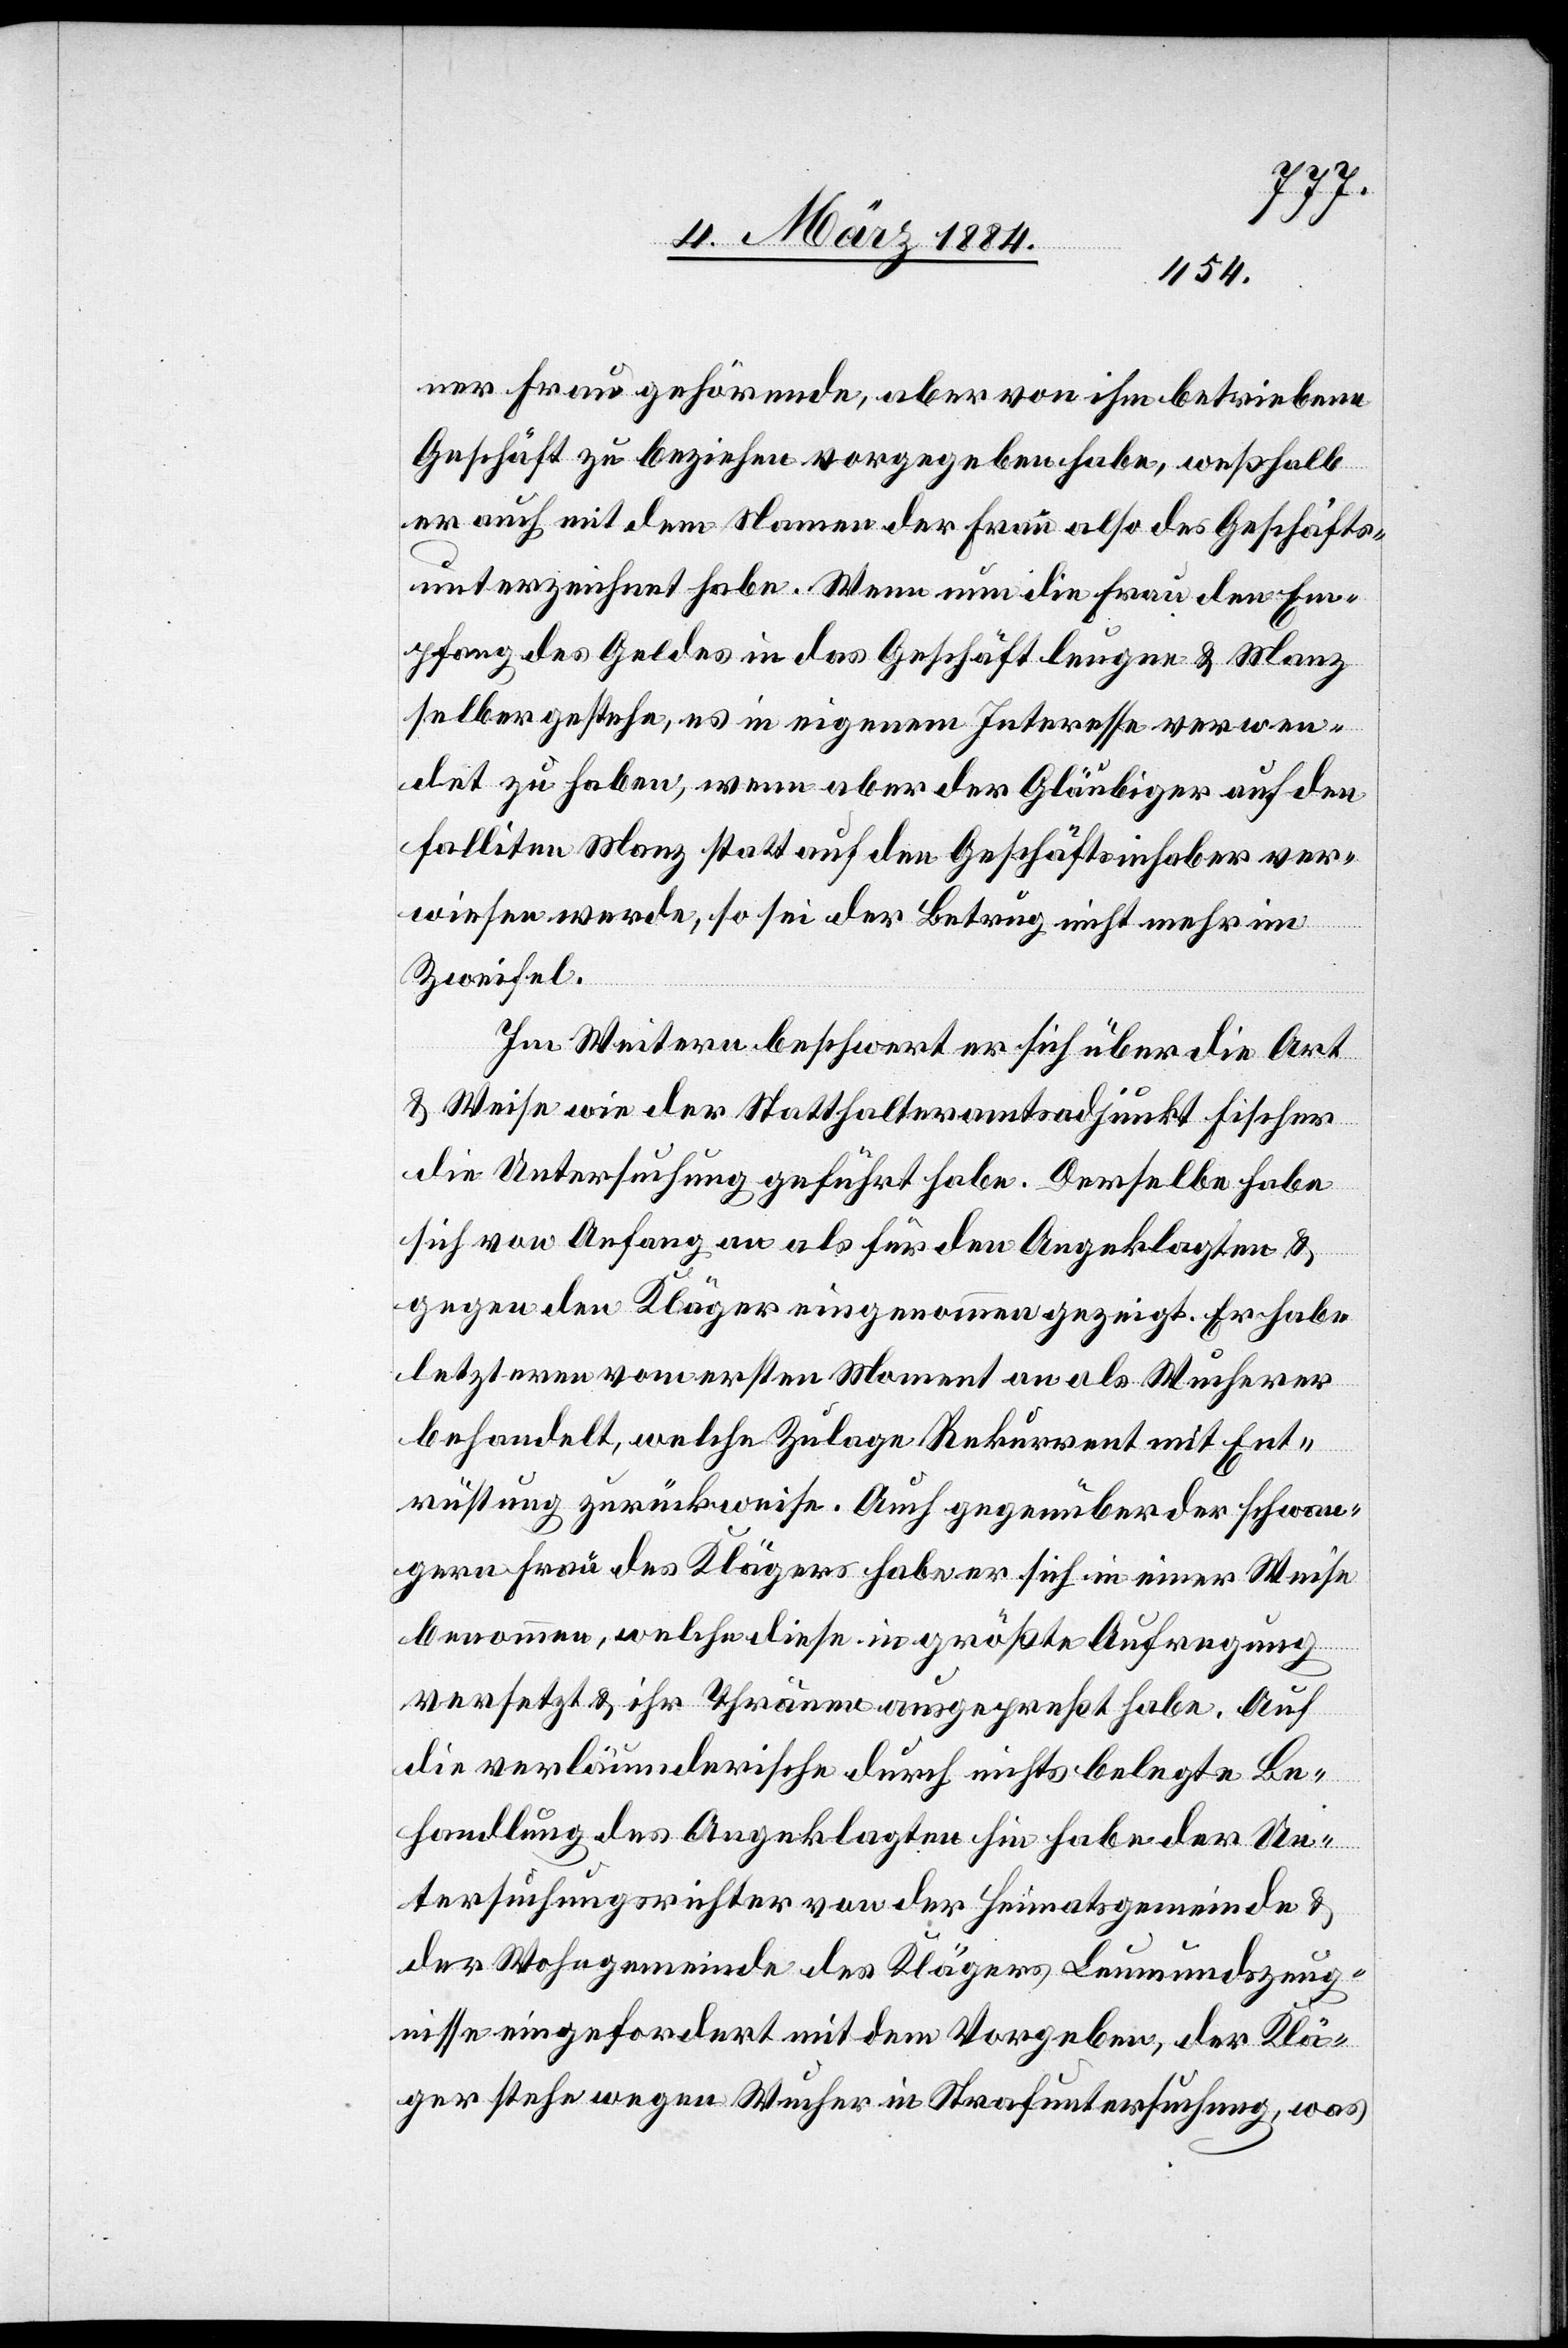
ner Frau gehörende, aber von ihm betriebene
Geschäft zu beziehen vorgegeben habe, weßhalb
er auch mit dem Namen der Frau also des Geschäfts
unterzeichnet habe. Wenn nun die Frau den Em¬
pfang des Geldes in das Geschäft leugen [sic!] & Manz
selber gestehe, es in eigenem Interesse verwen¬
det zu haben, wenn aber der Gläubiger auf den
falliten Manz statt auf den Geschäftsinhaber ver¬
wiesen werde, so sei der Betrug nicht mehr im
Zweifel.
Im Weitern beschwert er sich über die Art
& Weise wie der Statthalteramtsadjunkt Fischer
die Untersuchung geführt habe. Derselbe habe
sich von Anfang an als für den Angeklagten &
gegen den Kläger eingenommen gezeigt. Er habe
letzteren vom ersten Moment an als Wucherer
behandelt, welche Zulage Rekurrent mit Ent¬
rüstung zurückweise. Auch gegenüber der schwan¬
geren Frau des Klägers habe er sich in einer Weise
benommen, welche diese in größte Aufregung
versetzt & ihr Thränen ausgepreßt habe. Auf
die verläumderische durch nichts belegte Be¬
handlung des Angeklagten hin habe der Un¬
tersuchungsrichter von der Heimatsgemeinde &
der Wohngemeinde des Klägers Leumundszeug¬
nisse eingefordert mit dem Vorgeben, der Klä¬
ger stehe wegen Wucher in Strafuntersuchung, was